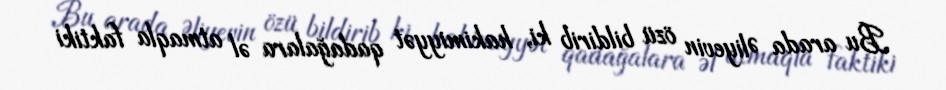
Bu arada Əliyevin özü bildirib ki, hakimiyyət qadağalara əl atmaqla faktiki